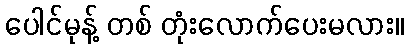
ပေါင်မုန့် တစ် တုံးလောက်ပေးမလား။